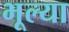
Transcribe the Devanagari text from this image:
भूल्या